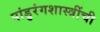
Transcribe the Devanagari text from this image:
पांडुरंगशास्त्रींची